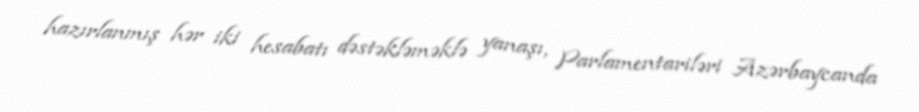
hazırlanmış hər iki hesabatı dəstəkləməklə yanaşı, Parlamentariləri Azərbaycanda